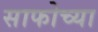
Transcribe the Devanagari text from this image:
साफोच्या